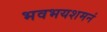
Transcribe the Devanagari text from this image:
भवभयशमनं